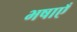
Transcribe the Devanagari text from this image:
भषाएँ